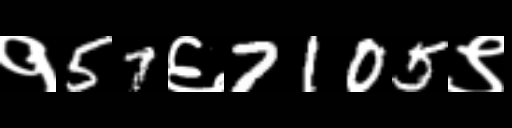
Text: १57६7105९